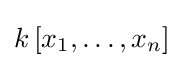
k\left[x_{1},\ldots ,x_{n}\right]